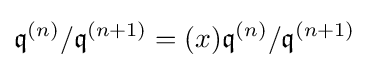
{\mathfrak {q}}^{(n)}/{\mathfrak {q}}^{(n+1)}=(x){\mathfrak {q}}^{(n)}/{\mathfrak {q}}^{(n+1)}